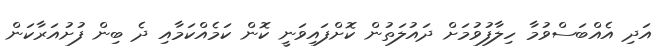
އަދި އެއްބަސްވުމާ ހިލާފުވުމަށް ދައުލަތުން ކޮށްފައިވަނީ ކޮން ކަމެއްކަމާއި ދެ ބިން ފުށުއަރާކަން